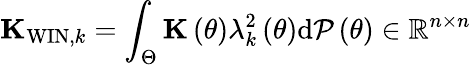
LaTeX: {\mathbf K}_{\mathrm{WIN},k}=\int_{\Theta}{\mathbf K}\left(\theta\right)\lambda_{k}^{2}\left(\theta\right)\mathrm{d}{\cal P}\left(\theta\right)\in\mathbb{R}^{n\times n}